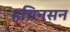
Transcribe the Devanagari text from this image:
हचिनसन